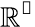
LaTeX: \mathbb{R^{2}}